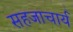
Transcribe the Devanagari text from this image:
सहजाचार्य